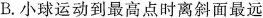
B.小球运动到最高点时离斜面最远